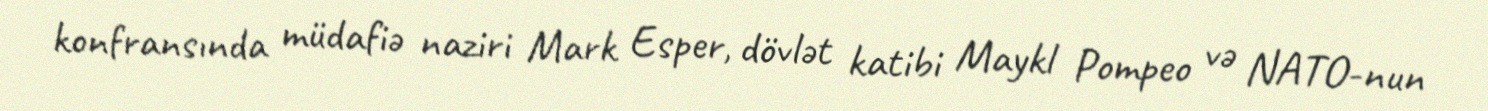
konfransında müdafiə naziri Mark Esper, dövlət katibi Maykl Pompeo və NATO-nun